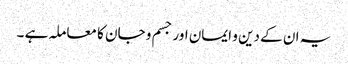
یہ ان کے دین و ایمان اور جسم و جان کا معاملہ ہے ۔